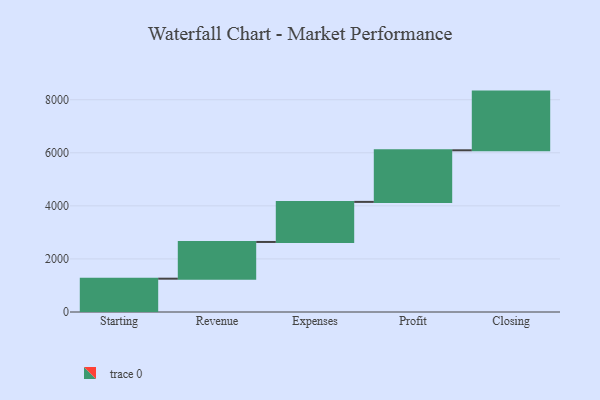
{"axis": {"x": "Step", "y": "Value"}, "legend": [""], "data": [{"x": "Starting", "y": 1256.0, "type": ""}, {"x": "Revenue", "y": 1384.0, "type": ""}, {"x": "Expenses", "y": 1510.0, "type": ""}, {"x": "Profit", "y": 1945.0, "type": ""}, {"x": "Closing", "y": 2212.0, "type": ""}]}